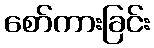
စော်ကားခြင်း